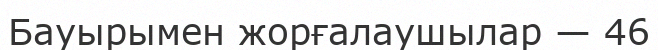
Бауырымен жорғалаушылар — 46